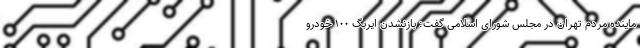
ماینده مردم تهران در مجلس شورای اسلامی گفت: بازنشدن ایربگ ۱۰۰ خودرو